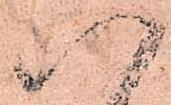
八